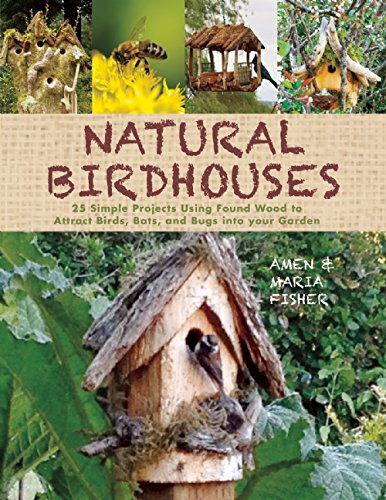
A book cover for Natural Birdhouses: 25 Simple Projects Using Found Wood to Attract Birds, Bats, and Bugs into Your Garden; Amen Fisher; Crafts, Hobbies & Home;